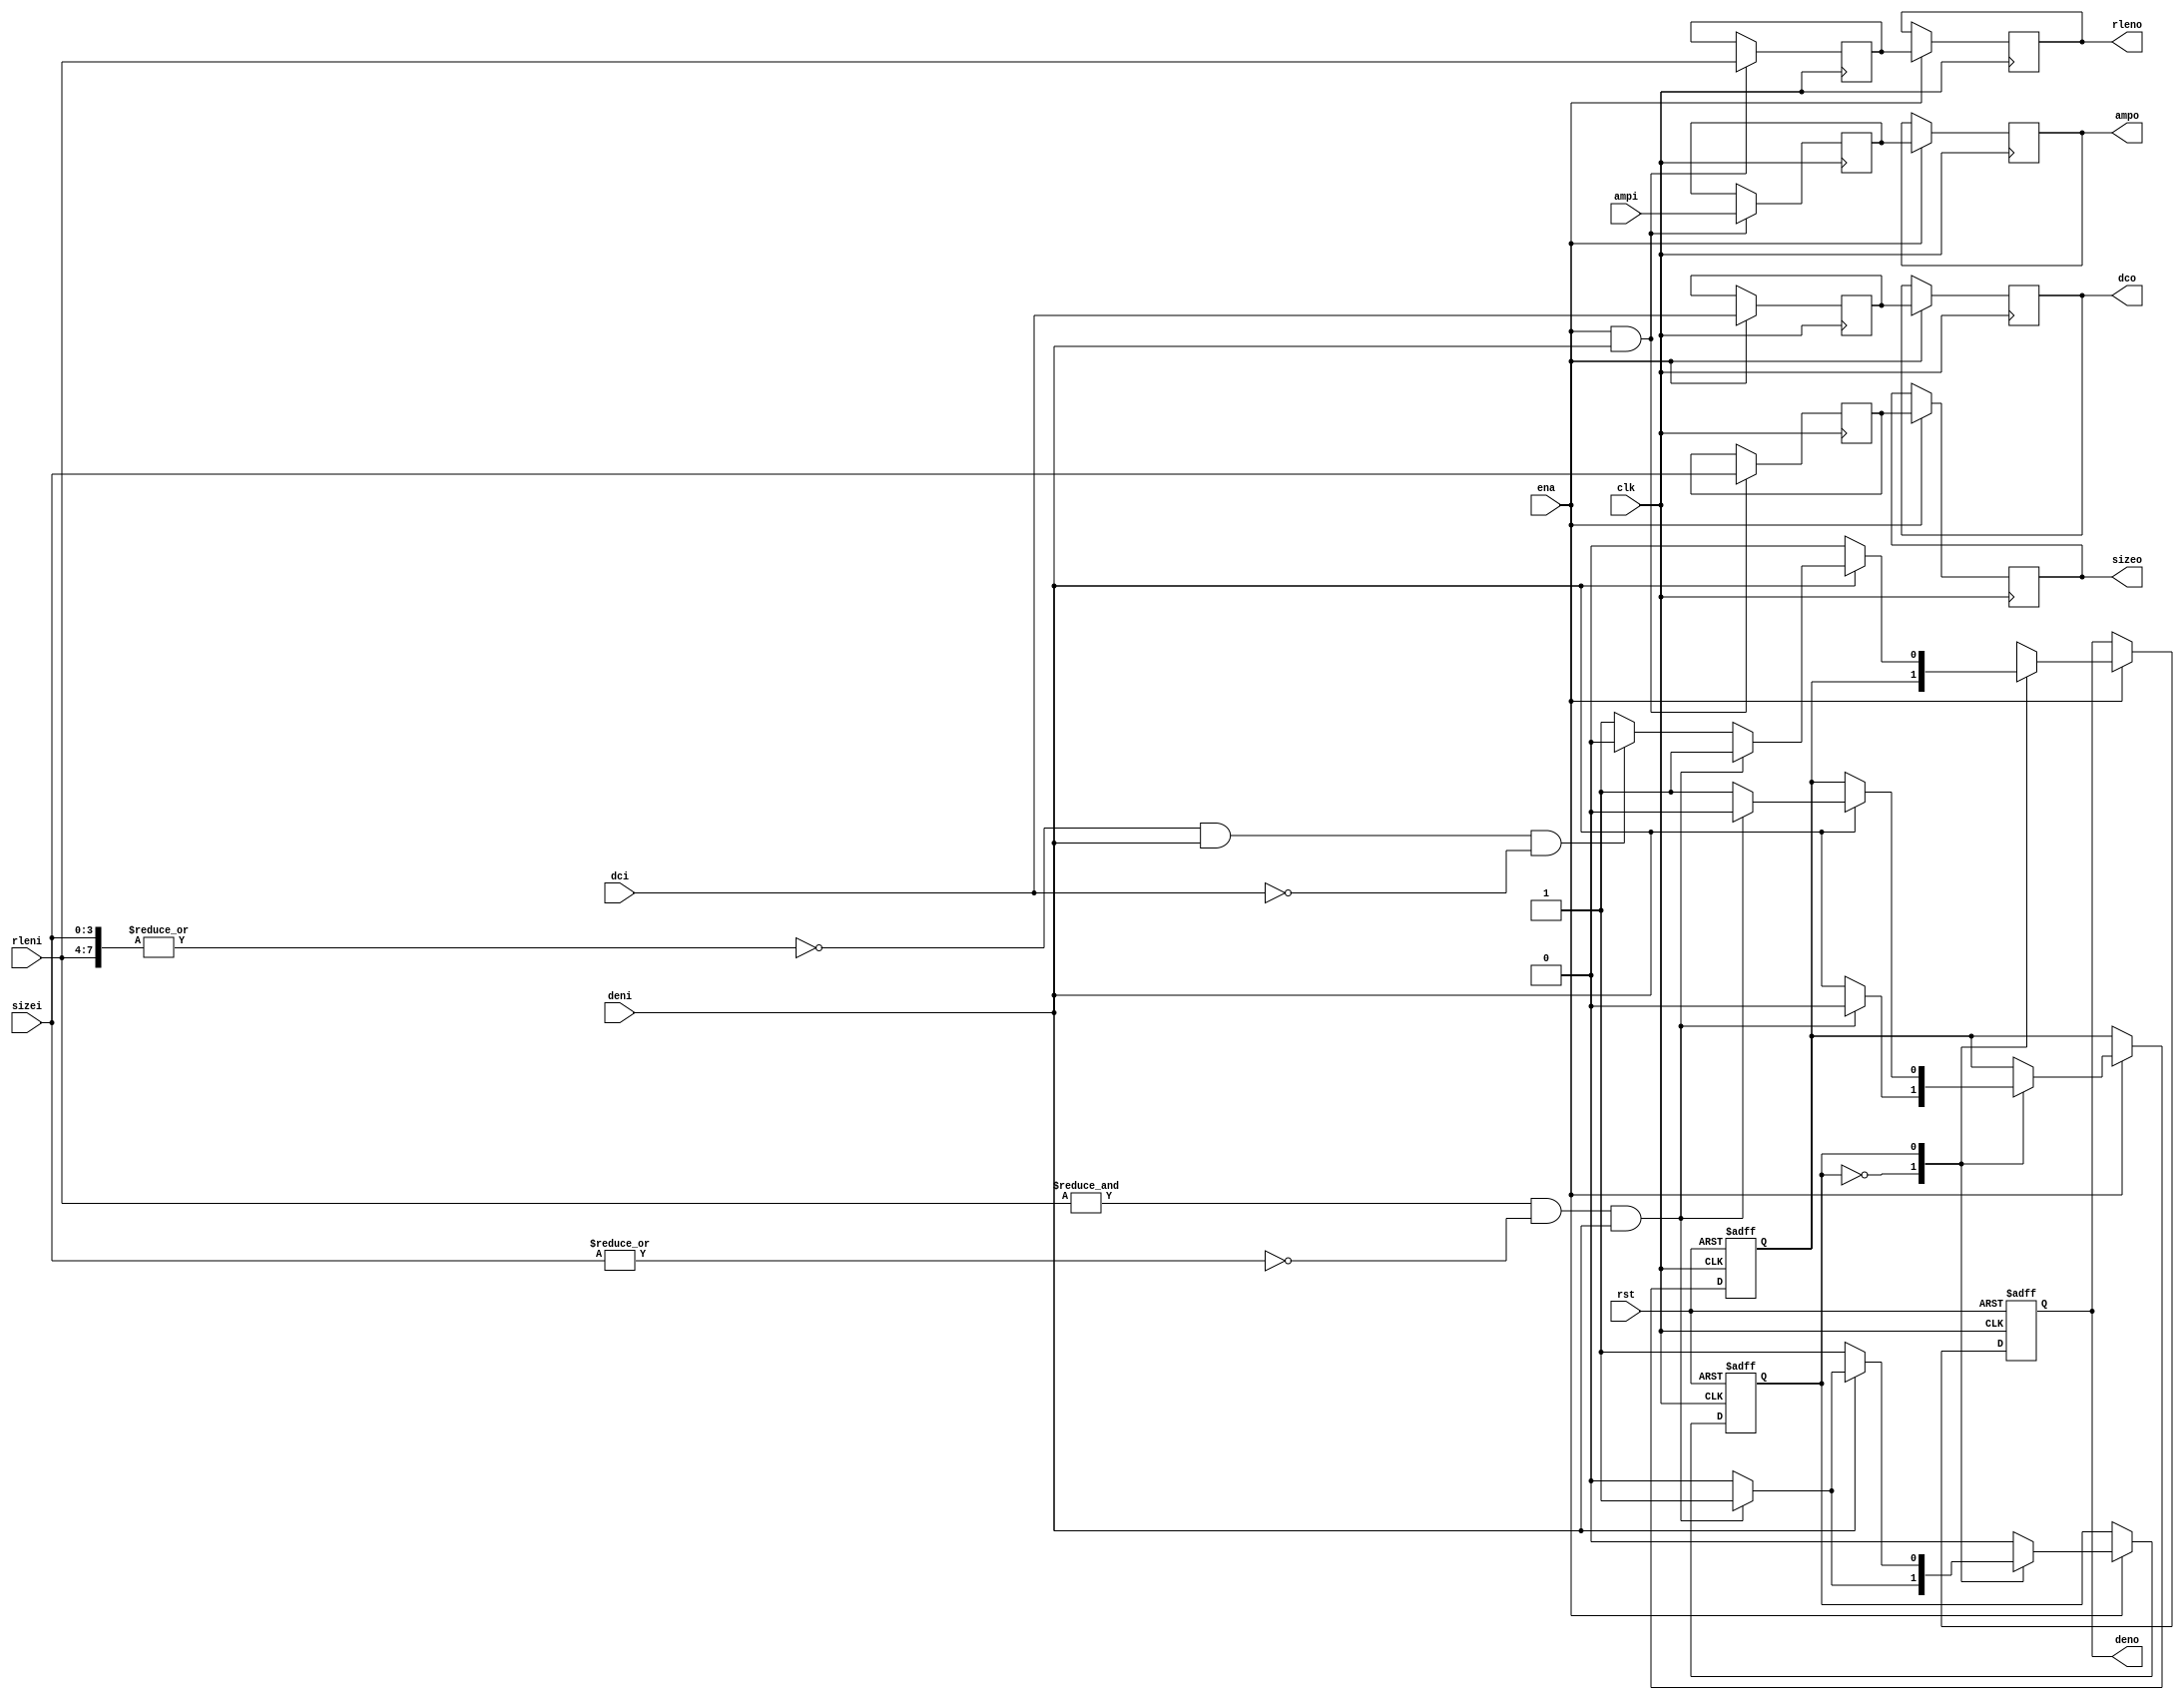
module jpeg_rzs(clk, ena, rst, deni, dci, rleni, sizei, ampi, deno, dco, rleno, sizeo, ampo);

	//
	// inputs & outputs
	//
	input        clk;
	input        ena;
	input        rst;
	input        deni;
	input        dci;
	input [ 3:0] sizei;
	input [ 3:0] rleni;
	input [11:0] ampi;

	output        deno;
	output        dco;
	output [ 3:0] sizeo;
	output [ 3:0] rleno;
	output [11:0] ampo;

	reg        deno, dco;
	reg [ 3:0] sizeo, rleno;
	reg [11:0] ampo;

	//
	// variables
	//

	reg [ 3:0] size;
	reg [ 3:0] rlen;
	reg [11:0] amp;
	reg        den;
	reg        dc;

	wire eob;
	wire zerobl;
	reg  state;

	//
	// module body
	//

	always @(posedge clk)
	  if(ena & deni)
	    begin
	        size <= #1 sizei;
	        rlen <= #1 rleni;
	        amp  <= #1 ampi;
	    end

	always @(posedge clk)
	  if(ena)
	    begin
	        sizeo <= #1 size;
	        rleno <= #1 rlen;
	        ampo  <= #1 amp;

	        dc    <= #1 dci;
	        dco   <= #1 dc;
	    end

	assign zerobl = &rleni &  ~|sizei & deni;
	assign eob    = ~|{rleni, sizei} & deni & ~dci;

	always @(posedge clk or negedge rst)
	  if (!rst)
	     begin
	         state <= #1 1'b0;
	         den   <= #1 1'b0;
	         deno  <= #1 1'b0;
	     end
	  else
	    if(ena)
	      (* full_case, parallel_case *) case (state)
	         1'b0:
	             begin
	                 if (zerobl)
	                    begin
	                        state <= #1 1'b1; // go to zero-detection state
	                        den   <= #1 1'b0; // do not yet set data output enable
	                        deno  <= #1 den;  // output previous data
	                    end
	                 else
	                    begin
	                        state <= #1 1'b0; // stay in 'normal' state
	                        den   <= #1 deni; // set data output enable
	                        deno  <= #1 den;  // output previous data
	                    end
	             end

	         1'b1:
	             begin
	                 deno <= #1 1'b0;

	                 if (deni)
	                    if (zerobl)
	                       begin
	                           state <= #1 1'b1; // stay in zero-detection state
	                           den   <= #1 1'b0; // hold current zer-block
	                           deno  <= #1 1'b1; // output previous zero-block
	                       end
	                    else if (eob)
	                       begin
	                           state <= #1 1'b0; // go to 'normal' state
	                           den   <= #1 1'b1; // set output enable for EOB
	                           deno  <= #1 1'b0; // (was already zero), maybe optimize ??
	                       end
	                    else
	                       begin
	                           state <= #1 1'b0; // go to normal state
	                           den   <= #1 1'b1; // set data output enable
	                           deno  <= #1 1'b1; // oops, zero-block should have been output
	                       end
	             end
	      endcase
endmodule